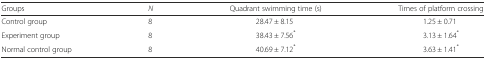
<table><thead><tr><td><b>Groups</b></td><td><b><i>N</i></b></td><td><b>Quadrant swimming time (s)</b></td><td><b>Times of platform crossing</b></td></tr></thead><tbody><tr><td>Control group</td><td>8</td><td>28.47 ± 8.15</td><td>1.25 ± 0.71</td></tr><tr><td>Experiment group</td><td>8</td><td>38.43 ± 7.56<sup>*</sup></td><td>3.13 ± 1.64<sup>*</sup></td></tr><tr><td>Normal control group</td><td>8</td><td>40.69 ± 7.12<sup>*</sup></td><td>3.63 ± 1.41<sup>*</sup></td></tr></tbody></table>